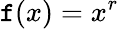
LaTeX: \mathtt{f}(x)=x^{r}